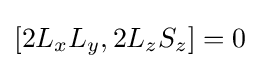
[2L_{x}L_{y},2L_{z}S_{z}]=0